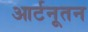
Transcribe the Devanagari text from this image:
आर्टनूतन